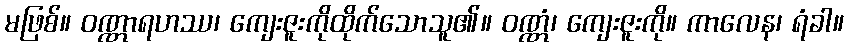
မဖြစ်။ ဝဏ္ဏာရဟဿ၊ ကျေးဇူးကိုထိုက်သောသူ၏။ ဝဏ္ဏံ၊ ကျေးဇူးကို။ ကာလေန၊ ရံခါ။